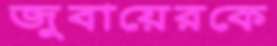
জুবায়েরকে